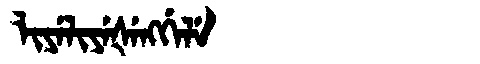
Manchu: ᠯᡳᠶᡝᠯᡳᠶᡝᡧᡝᠩᡤᡝᠯᡝ
Romanization: LIYELIYEŠENGGELE